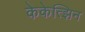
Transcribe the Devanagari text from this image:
केकेत्झिन